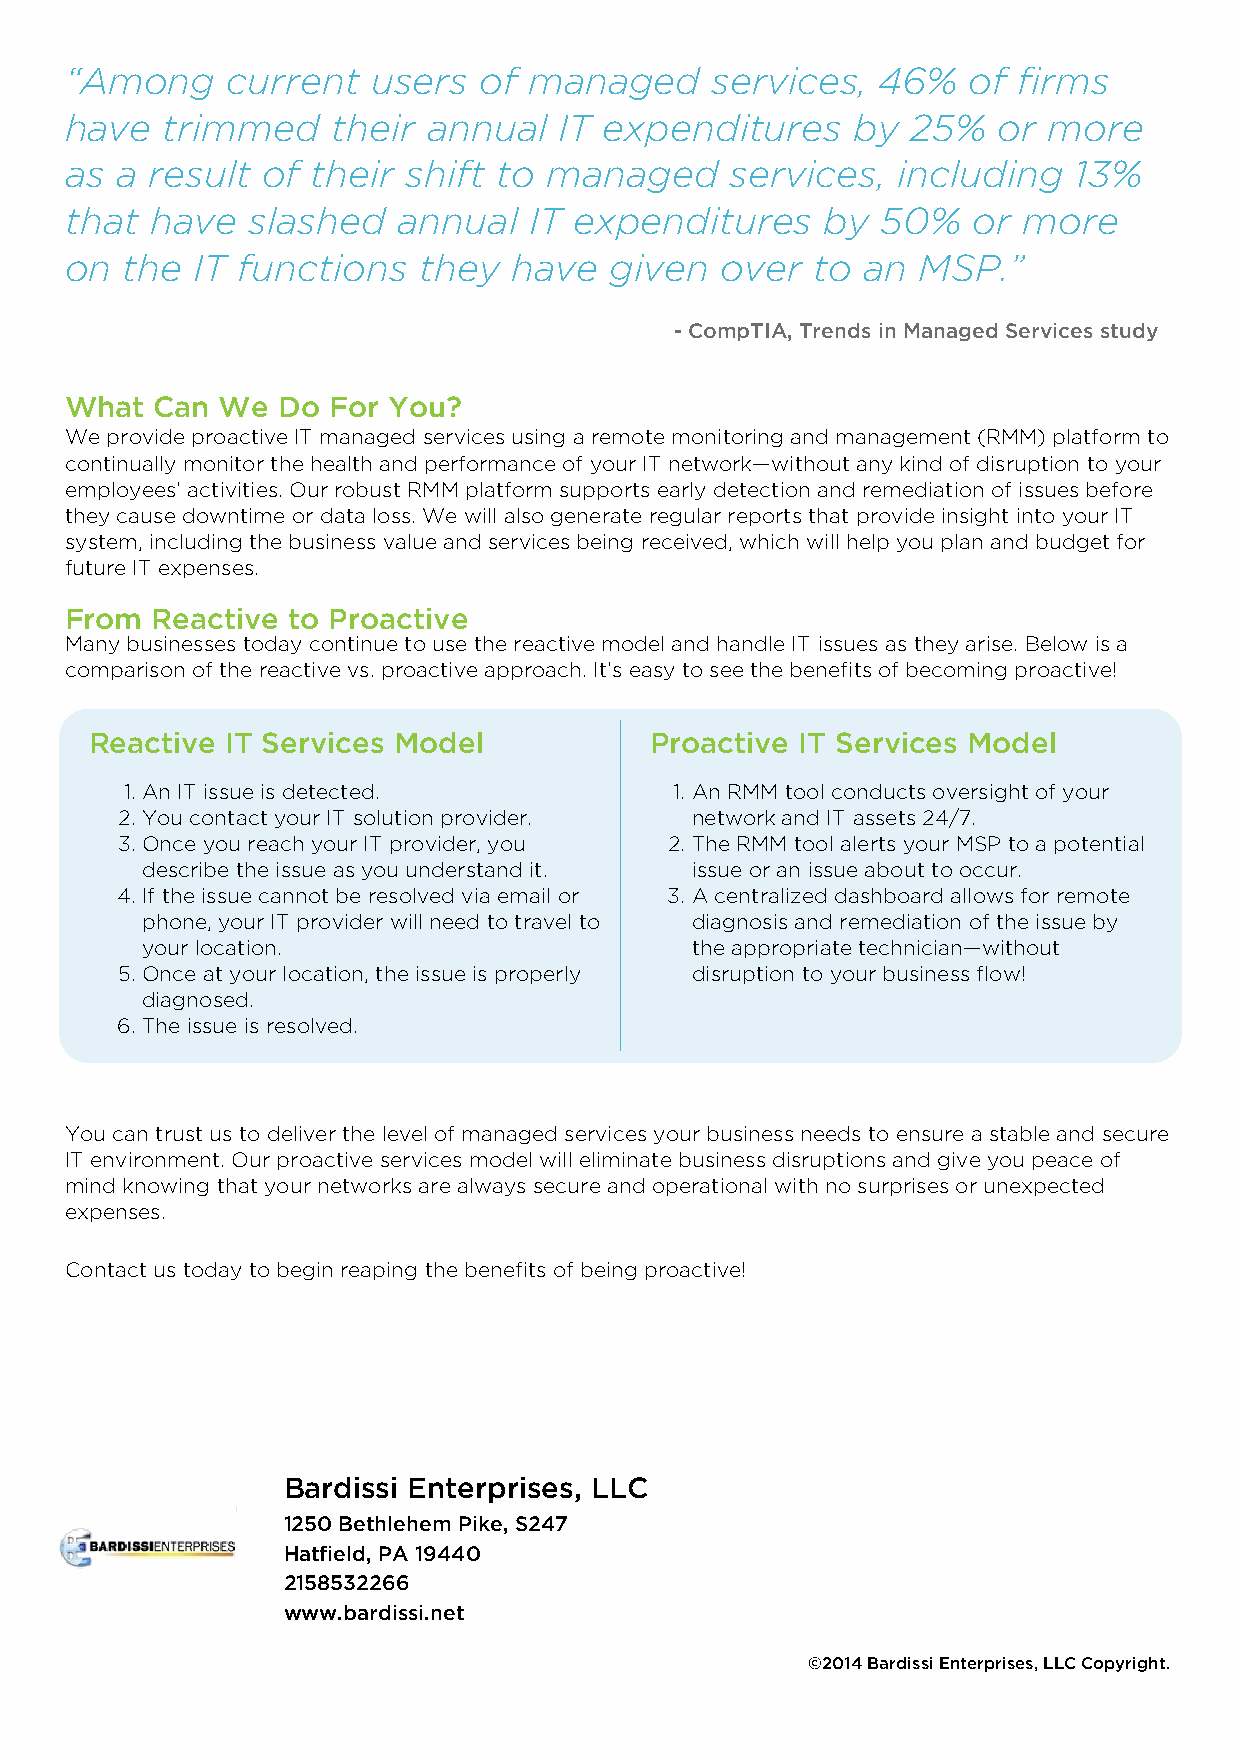
“Among     current   users  of managed     services,  46%   of firms
 have   trimmed    their annual   IT expenditures    by  25%   or more
 as  a result of  their shift to managed     services,  including   13%
 that  have  slashed   annual   IT expenditures     by 50%   or  more
 on  the  IT functions   they  have  given   over  to an  MSP.”
 - CompTIA, Trends in Managed Services study
 What  Can We  Do  For You?
 We provide proactive IT managed services using a remote monitoring and management (RMM) platform to
 continually monitor the health and performance of your IT network—without any kind of disruption to your
 employees’ activities. Our robust RMM platform supports early detection and remediation of issues before
 they cause downtime or data loss. We will also generate regular reports that provide insight into your IT
 system, including the business value and services being received, which will help you plan and budget for
 future IT expenses.
 From  Reactive to Proactive
 Many businesses today continue to use the reactive model and handle IT issues as they arise. Below is a
 comparison of the reactive vs. proactive approach. It’s easy to see the benefits of becoming proactive!
 Reactive IT Services Model           Proactive IT Services Model
 1. An IT issue is detected.          1. An RMM tool conducts oversight of your
 2. You contact your IT solution provider. network and IT assets 24/7.
 3. Once you reach your IT provider, you 2. The RMM tool alerts your MSP to a potential
 describe the issue as you understand it. issue or an issue about to occur.
 4. If the issue cannot be resolved via email or 3. A centralized dashboard allows for remote
 phone, your IT provider will need to travel to diagnosis and remediation of the issue by
 your location.                       the appropriate technician—without
 5. Once at your location, the issue is properly disruption to your business flow!
 diagnosed.
 6. The issue is resolved.
 You can trust us to deliver the level of managed services your business needs to ensure a stable and secure
 IT environment. Our proactive services model will eliminate business disruptions and give you peace of
 mind knowing that your networks are always secure and operational with no surprises or unexpected
 expenses.
 Contact us today to begin reaping the benefits of being proactive!
 Bardissi Enterprises, LLC
 1250 Bethlehem Pike, S247
 Hatfield, PA 19440
 2158532266
 www.bardissi.net
 ©2014 Bardissi Enterprises, LLC Copyright.
 Powered by TCPDF (www.tcpdf.org)